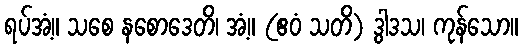
ရပ်အံ့။ သစေ နစောဒေတိ၊ အံ့။ (ဧဝံ သတိ) ဒွါဒသ၊ ကုန်သော။